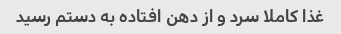
غذا کاملا سرد و از دهن افتاده به دستم رسید